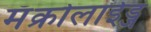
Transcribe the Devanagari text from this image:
मॅक्रोलाईड्ज